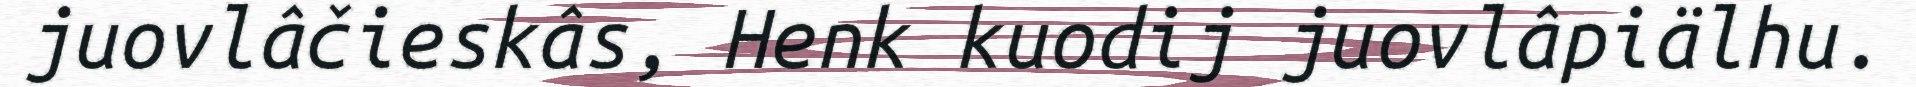
juovlâčieskâs, Henk kuodij juovlâpiälhu.